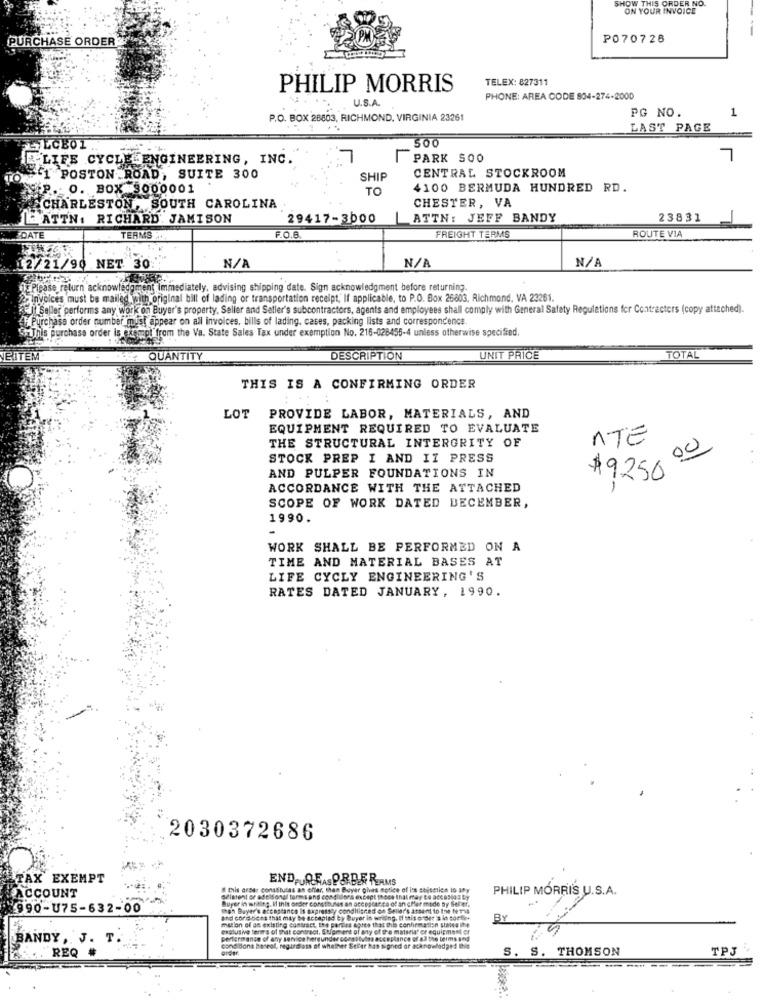
SHOW THIS ORDER NO.
ON YOUR INVOICE
PURCHASE ORDER
P070728
TELEX: 827311
PHILIP MORRIS
U.S.A.
PHONE: AREA CODE 804-274-2000
1
P.O. BOX 28803, RICHMOND, VIRGINIA 23261
PG NO.
LAST PAGE
500
-LIFE CYCL -ENGINEERING, INC.
7
PARK SOO
7
CENTRAL STOCKROOM
TON
1 POSTON ROAD, SUITE 300
SHIP
SEP. O. BOX 3000001
TO
4100 BERMUDA HUNDRED RD.
CHESTER, VA
CHARLESTON, SOUTH CAROLINA
ATTN. RICHARD' JAMISON
29417-3000
ATTN: JEFF BANDY
23831
IDATE
TERMS A.
FREIGHT TERMS
ROUTE VIA
12/21/90 NET. 30
E Please return acknowledgment Immediately, advising shipping date. Sign acknowledgment before returning.
2- Invoices must be mailed with original bill of lading or transportation receipt, If applicable, to P.O. Box 26803, Richmond, VA 23261.
Et Seller performs any work on Buyer's property, Seller and Seller's subcontractors, agents and employees shall comply with General Safety Regulations for Contracters (copy attached).
Purchase order number must appear on all invoices, bills of lading. cases, packing lists and correspondence.
SaThis purchase order is exempt from the Va. State Sales Tax under exemption No. 216-028455-4 unless otherwise specified.
EITEM
QUANTITY
DESCRIPTION
UNIT PRICE
TOTAL
THIS IS A CONFIRMING ORDER
LOT PROVIDE LABOR, MATERIALS, AND
EQUIPMENT REQUIRED TO EVALUATE
THE STRUCTURAL INTERGRITY OF
NTE
00
STOCK PREP I AND II PRESS
AND PULPER FOUNDATIONS IN
$9.250
ACCORDANCE WITH THE ATTACHED
SCOPE OF WORK DATED DECEMBER,
1990.
WORK SHALL BE PERFORMED ON A
TIME AND MATERIAL BASES AT
LIFE CYCLY ENGINEERING'S
RATES DATED JANUARY, 1990.
2030372686
TAX EXEMPT
END Q.E. ORDERAMS
ACCOUNT
# Diis arser constitutes an offer, then Buy
PHILIP MORRIS U.S.A.
odlatent or adelsonal tormsans condiuo
Buger in whitley I inis orbier consto.Mas
990-U75-632-00
man Buyer's acceptance Is expressly
and coridoes that may be Actapied by
BY
mation of an existing contract. the pardes &
exolusive terer's of that contract. Shipmen
BANDY
pertermanse of any service hergundere
REQ
cond Bons Baneol, regardless of when
S. S. THOMSON
TPJ
-
--------
---